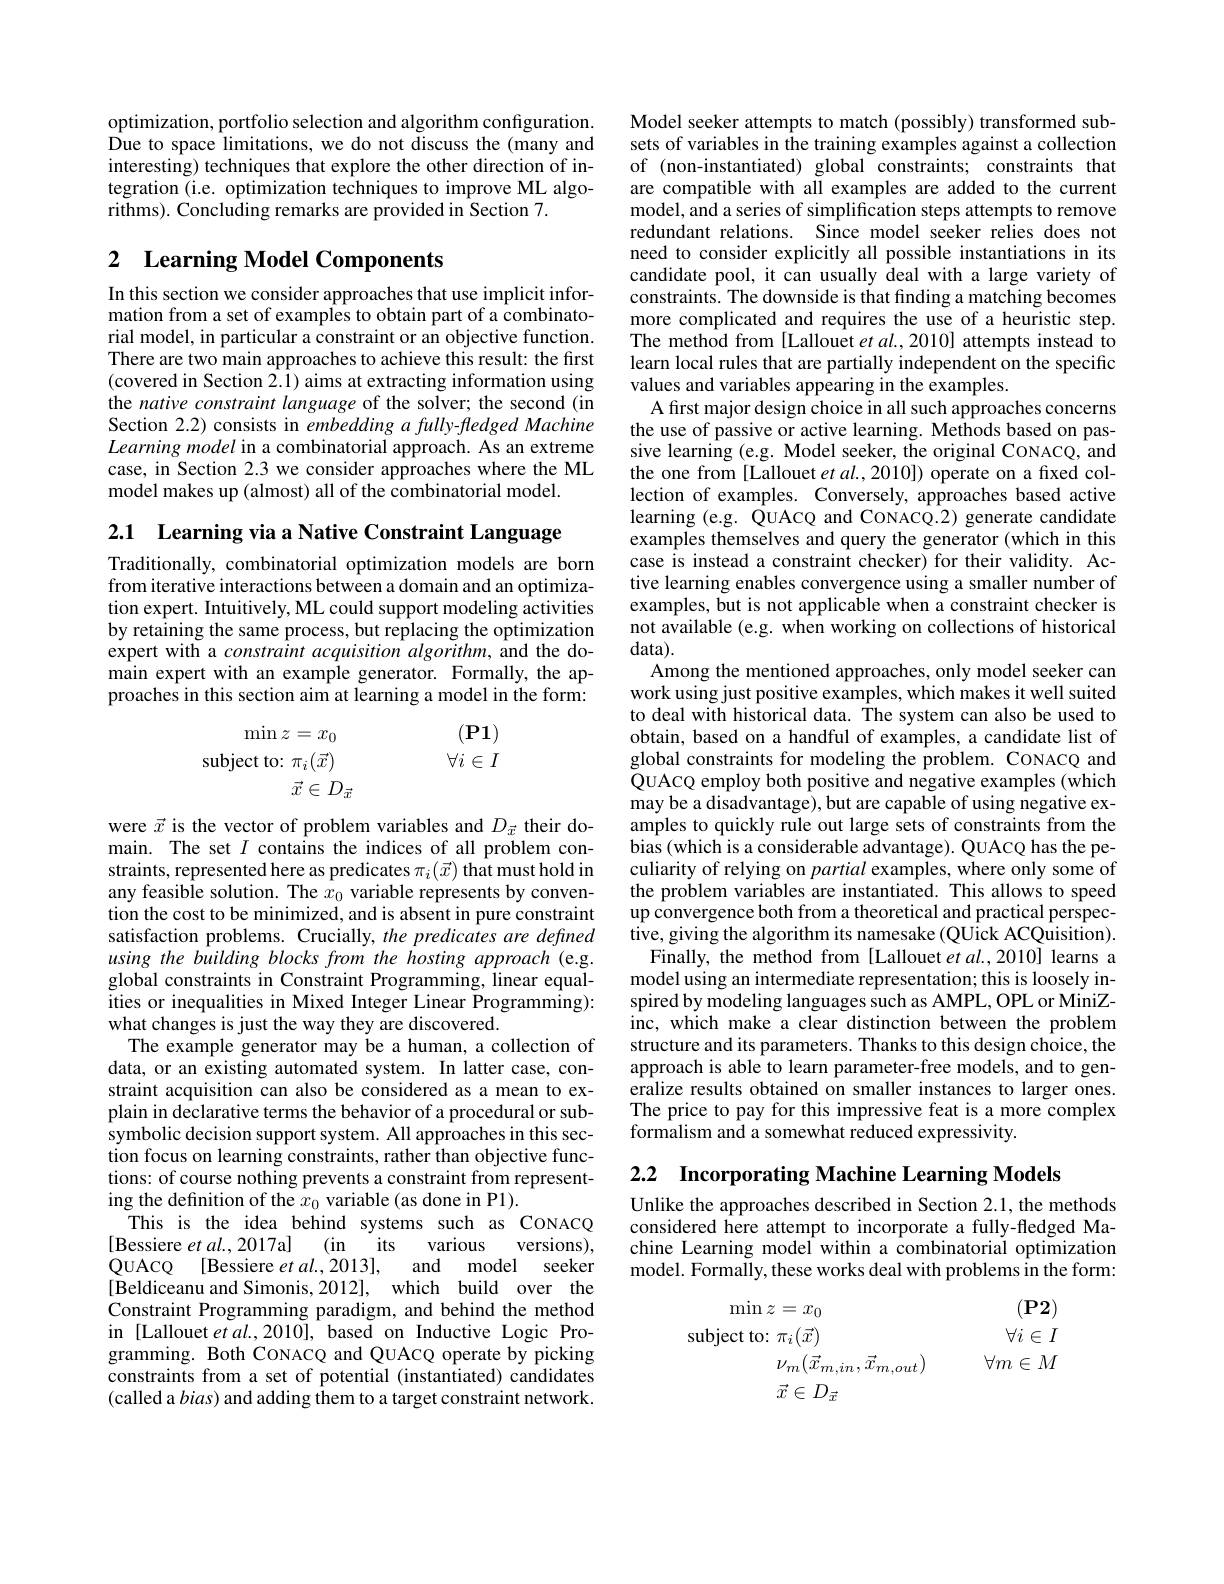
optimization, portfolio selection and algorithm configuration. Due to space limitations, we do not discuss the (many and interesting) techniques that explore the other direction of integration (i.e. optimization techniques to improve ML algorithms). Concluding remarks are provided in Section 7.

# 2 Learning Model Components

In this section we consider approaches that use implicit information from a set of examples to obtain part of a combinatorial model, in particular a constraint or an objective function. There are two main approaches to achieve this result: the first (covered in Section $\hat{2.1})$ aims at extracting information using the native constraint language of the solver; the second (in Section 2.2) consists in embedding a fully-fledged Machine Learning model in a combinatorial approach. As an extreme case, in Section 2.3 we consider approaches where the ML model makes up (almost) all of the combinatorial model.

2.1 Learning via a Native Constraint Language

Traditionally, combinatorial optimization models are born from iterative interactions between a domain and an optimization expert. Intuitively, ML could support modeling activities by retaining the same process, but replacing the optimization expert with a constraint acquisition algorithm, and the domain expert with an example generator. Formally, the approaches in this section aim at learning a model in the form:

$(\mathbf{P}1)$
$\min z=x_0$
$\forall i\in I$
subject to: $\pi_i(\vec{x})$
$\vec{x}\in D_{\vec{x}}$

were $\vec{x}$ is the vector of problem variables and $D_{\vec{x}}$ their domain. The set $I$ contains the indices of all problem constraints, represented here as predicates $\pi_i(\vec{x})$ that must hold in any feasible solution. The $\hat{x}_0$ variable represents by convention the cost to be minimized, and is absent in pure constraint satisfaction problems. Crucially, the predicates are defined using the building blocks from the hosting approach (e.g. global constraints in Constraint Programming, linear equalities or inequalities in Mixed Integer Linear Programming): what changes is just the way they are discovered.
The example generator may be a human, a collection of data, or an existing automated system. In latter case, constraint acquisition can also be considered as a mean to explain in declarative terms the behavior of a procedural or subsymbolic decision support system. All approaches in this sec- symbolic decision support system. All approaches in this section focus on learning constraints, rather than objective functions: of course nothing prevents a constraint from representing the definition of the $x_0$ variable (as done in P1).
This is the idea behind systems such as CONACQ
(in
its
[Bessiere et al., 2017a]
versions),
various
QuAcQ [Bessiere et al., 2013],
and model seeker
[Beldiceanu and Simonis, 2012], which build over the Constraint Programming paradigm, and behind the method in [Lallouet et al., 2010], based on Inductive Logic Programming. Both CONACQ and QUACQ operate by picking constraints from a set of potential (instantiated) candidates (called a $bias)$ and adding them to a target constraint network.

Model seeker attempts to match (possibly) transformed subsets of variables in the training examples against a collection of (non-instantiated) global constraints; constraints that are compatible with all examples are added to the current model, and a series of simplification steps attempts to remove redundant relations. Since model seeker relies does not need to consider explicitly all possible instantiations in its candidate pool, it can usually deal with a large variety of constraints. The downside is that finding a matching becomes more complicated and requires the use of a heuristic step. The method from [Lallouet et al., 2010] attempts instead to learn local rules that are partially independent on the specific values and variables appearing in the examples.
A first major design choice in all such approaches concerns the use of passive or active learning. Methods based on passive learning (e.g. Model seeker, the original CONACQ, and the one from [Lallouet et al., 2010]) operate on a fixed collection of examples. Conversely, approaches based active learning (e.g. QUACQ and CONACQ.2) generate candidate examples themselves and query the generator (which in this case is instead a constraint checker) for their validity. Active learning enables convergence using a smaller number of examples, but is not applicable when a constraint checker is not available (e.g. when working on collections of historical $data).$
Among the mentioned approaches, only model seeker can work using just positive examples, which makes it well suited to deal with historical data. The system can also be used to obtain, based on a handful of examples, a candidate list of global constraints for modeling the problem. CONACQ and QuACQ employ both positive and negative examples (which may be a disadvantage), but are capable of using negative examples to quickly rule out large sets of constraints from the bias (which is a considerable advantage). QuACQ has the peculiarity of relying on partial examples, where only some of the problem variables are instantiated. This allows to speed up convergence both from a theoretical and practical perspective, giving the algorithm its namesake (QUick ACQuisition).
Finally, the method from [Lallouet et al.,2010] learns a model using an intermediate representation; this is loosely inspired by modeling languages such as AMPL, OPL or MiniZinc, which make a clear distinction between the problem structure and its parameters. Thanks to this design choice, the approach is able to learn parameter-free models, and to generalize results obtained on smaller instances to larger ones. The price to pay for this impressive feat is a more complex formalism and a somewhat reduced expressivity.

2.2 Incorporating Machine Learning Models

Unlike the approaches described in Section 2.1, the methods considered here attempt to incorporate a fully-fledged Machine Learning model within a combinatorial optimization model. Formally, these works deal with problems in the form: